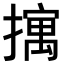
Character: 𫾆